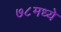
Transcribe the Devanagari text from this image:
७८मध्ये